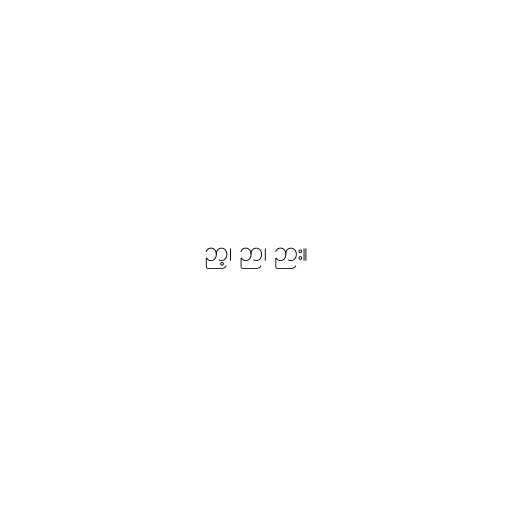
ဉာ့၊ ဉာ၊ ဉား။